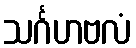
သင်္ဂဟဗလံ